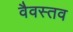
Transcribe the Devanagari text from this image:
वैवस्तव